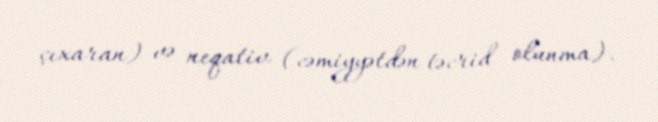
çıxaran) və neqativ (cəmiyyətdən təcrid olunma).